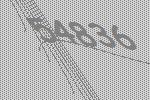
54836